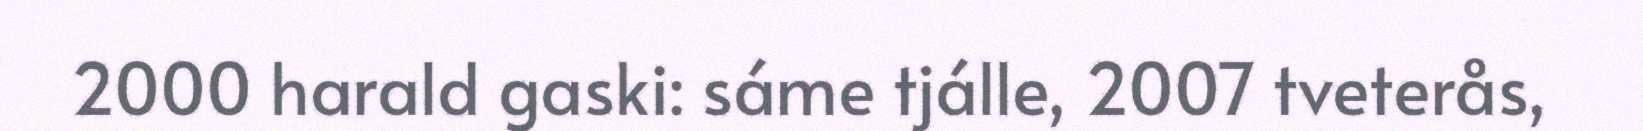
2000 harald gaski: sáme tjálle, 2007 tveterås,